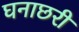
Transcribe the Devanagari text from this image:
घनाछरी